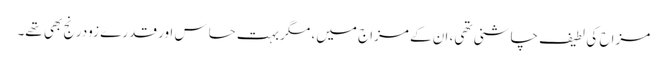
مزاح کی لطیف چاشنی تھی، ان کے مزاج میں، مگر بہت حساس اور قدرے زودرنج بھی تھے۔